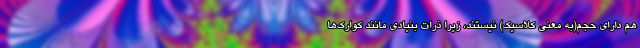
هم دارای حجم(به معنی کلاسیک) نیستند، زیرا ذرات بنیادی مانند کوارک‌ها